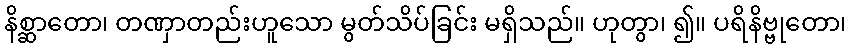
နိစ္ဆာတော၊ တဏှာတည်းဟူသော မွတ်သိပ်ခြင်း မရှိသည်။ ဟုတွာ၊ ၍။ ပရိနိဗ္ဗုတော၊